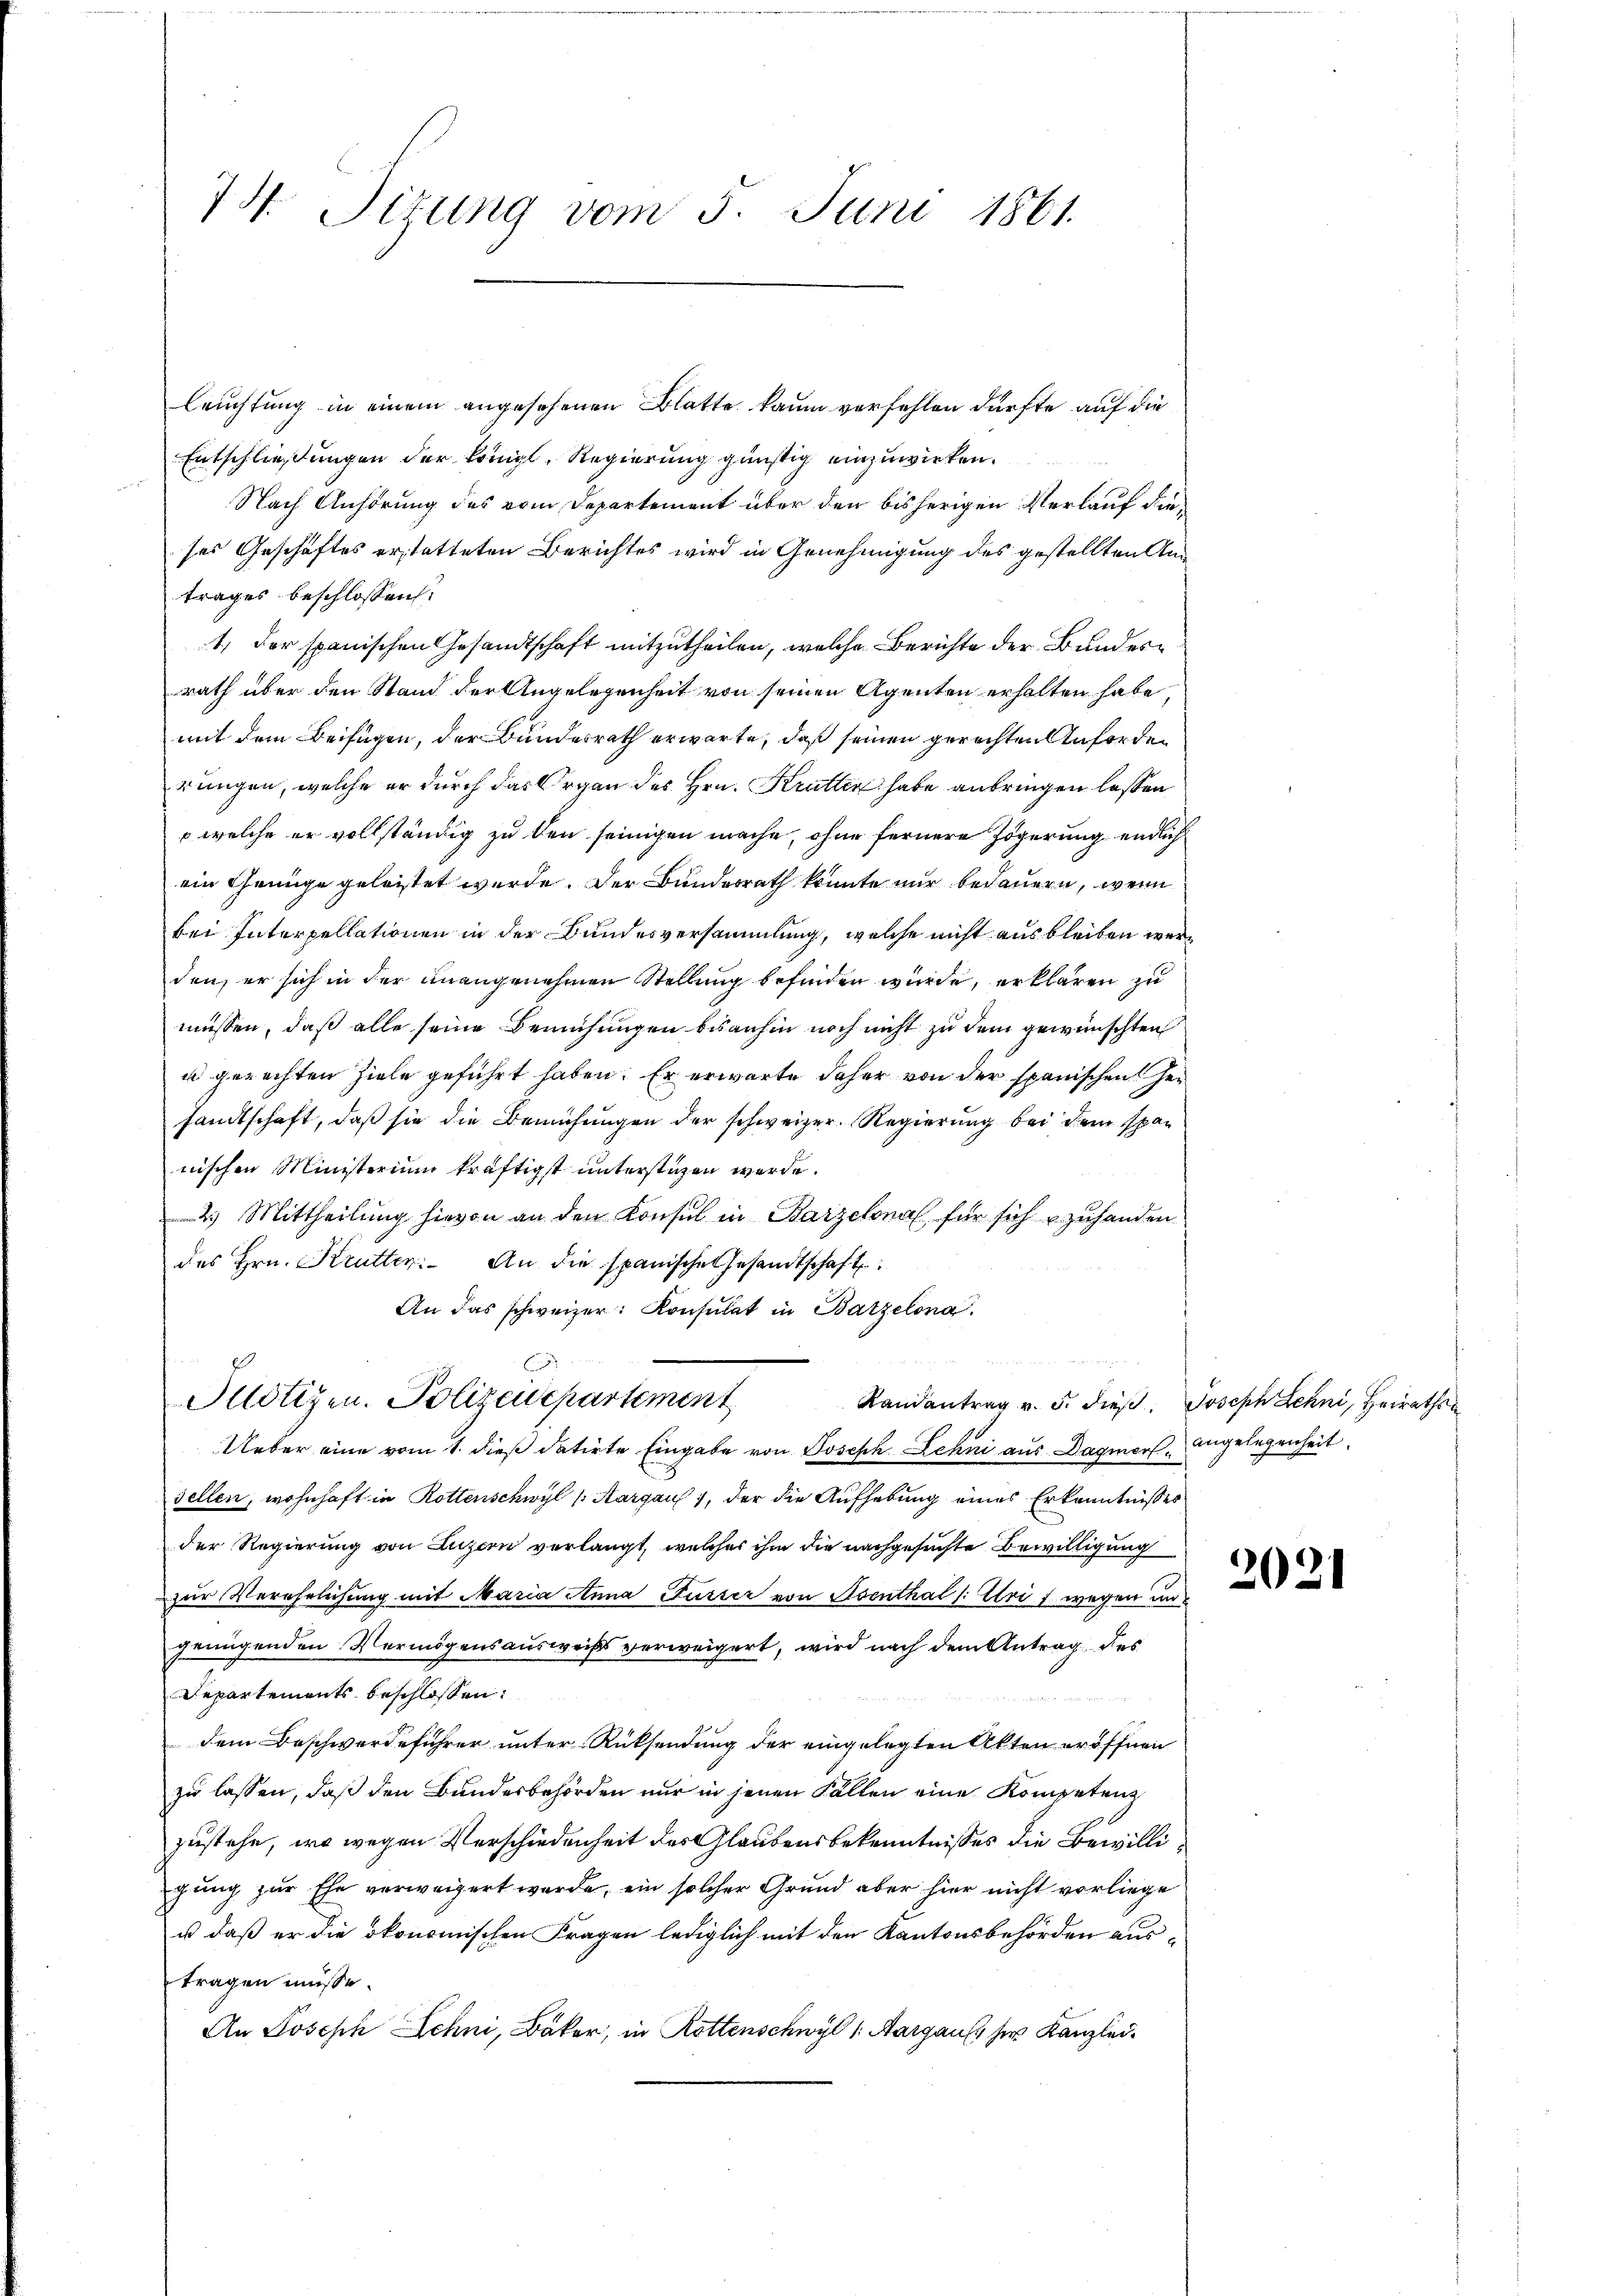
74. Situng vom 5. Juni 1861.

Leuchtung in einem angesehenen Blatte kaum verfehlen dürfte auf die
Entschließungen der Königl. Regierung günstig einzuwirken.
Nach Anhörung des vom Departement über den bisherigen Verlauf dieses Geschäftes erstatteten Berichtes wird in Genehmigung des gestellten Antrages beschlossen:
1., der spanischen Gesandtschaft mitzutheilen, welche Berichte der Bundesrath über den Stand der Angelegenheit von seinen Agenten erhalten habe,
mit dem Beifügen, der Bundesrath erwarte, daß seinen gerechten Anforden
rungen, welche er durch das Organ des Hrn. Krütten habe anbringen lassen
 welche er vollständig zu den seinigen mache, ohne fernere Zögerung endlich
ein Genüge geleistet wurde. Der Bundesrath konnte nur bedauern, wenn
bei Interpellationen in der Bundesversammlung, welche nicht ausbleiben werden, er sich in der unangenehmen Stellung befinden würde, erklären zu
müssen, daß alle seine Bemühungen bisanhin noch nicht zu dem gewünschten
u gerechten Ziele geführt haben. Er erwarte daher von der spanischen Gesandtschaft, daß sie die Bemühungen der schweizer. Regierung bei dem sparnischen Ministerium kräftigst unterstigen werde.
2.) Mittheilung hievon an den Konsul in Barzelona für sich zuhanden
des Hrn. Krütten. An die spanische Gesandtschaft
An das schweizer: Konsulat in Batzelona.

Justizen. Polizeispartement

Randantrag v. 5. dieβ. Joseph Lehni, Heirathen
Ueber eine vom 1. dieß datirte Eingabe von Joseph Lehni aus Dagmer. Angelegenheit
sellen, wohnhaft in Rottenschwyl (Aargaus, der die Aufhebung eines Erkenntnißes
der Regierung von Luzern verlangt, welches ihm die nachgesuchte Bewilligung
zur Verehelichung mit Maria Anna Furter von Osenthal (: Uri, wegen un
genügenden Vermögensausweiss verweigert, wird nach dem Antrag des
Departements beschlossen:
.
dem Beschwerdeführer unter Rücksendung der eingelegten Akten eröffnen
zu lassen, daß den Bundesbehörden nur in jenen Fällen eine Kompetenz
zustehe, wo wegen Verschiedenheit des Glaubensbekenntnisses die Bewilligung zur Ehe verweigert werde, ein solcher Grund aber hier nicht vorliege
u daß er die ökonomischen Fragen lediglich mit den Kantonsbehörden austragen müsse.
An Joseph Schni, Bäker, in Rottenschwyl (Aargaus, her Kanzlei¬

2021